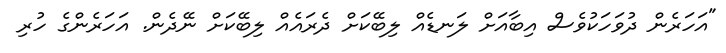
"އަހަރެން ދުވަހަކުވެސް އިބާއަށް ލަނޑެއް ލިބޭކަށް ދެރައެއް ލިބޭކަށް ނޭދެން. އަހަރެންގެ ހުރި